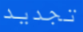
تجديد